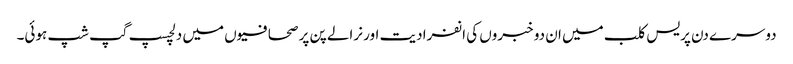
دوسرے دن پریس کلب میں ان دو خبروں کی انفرادیت اور نرالے پن پر صحافیوں میں دلچسپ گپ شپ ہوئی۔